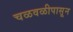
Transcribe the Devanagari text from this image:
चळवळीपासून